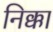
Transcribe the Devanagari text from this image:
निक्का